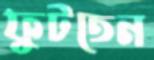
ফুটতেন